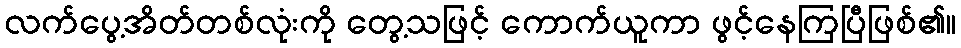
လက်ပွေ့အိတ်တစ်လုံးကို တွေ့သဖြင့် ကောက်ယူကာ ဖွင့်နေကြပြီဖြစ်၏။